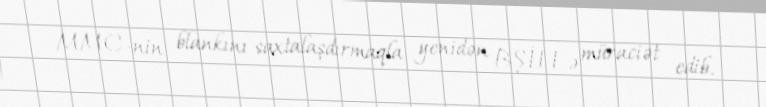
MMC-nin blankını saxtalaşdırmaqla yenidən BŞİH-ə müraciət edib.